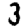
Digit: 3